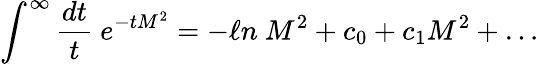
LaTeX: \int^{\infty}{\frac{dt}{t}}\ e^{-tM^{2}}=-\ell n\ M^{2}+c_{0}+c_{1}M^{2}+\dots